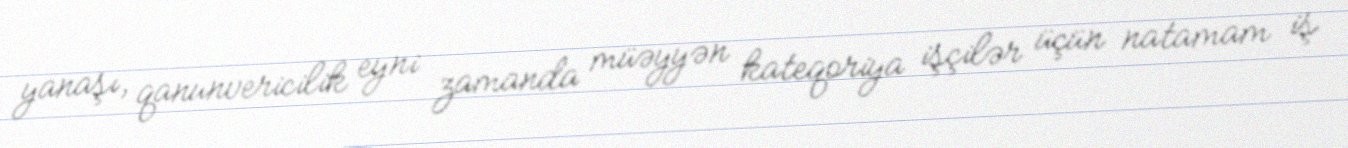
yanaşı, qanunvericilik eyni zamanda müəyyən kateqoriya işçilər üçün natamam iş